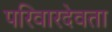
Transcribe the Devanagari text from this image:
परिवारदेवता